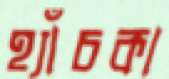
হ্যাঁচকা